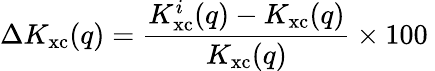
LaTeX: \Delta K_{\mathrm{xc}}(q)=\frac{K_{\mathrm{xc}}^{i}(q)-K_{\mathrm{xc}}(q)}{K_{\mathrm{xc}}(q)}\times 100\